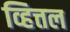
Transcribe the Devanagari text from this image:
व्हित्तल